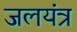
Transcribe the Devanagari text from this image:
जलयंत्र